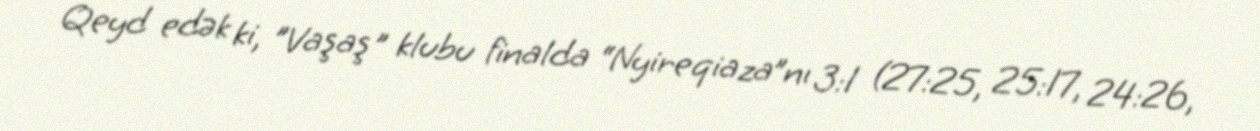
Qeyd edək ki, "Vaşaş" klubu finalda “Nyireqiaza”nı 3:1 (27:25, 25:17, 24:26,